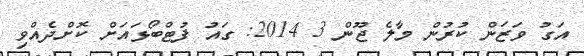
އަގު ވަޒަން ކުރުން މާލެ ޖޫން 3 2014: ގައު ފުޓްބޯޅައަށް ކޮށްދެއްވި